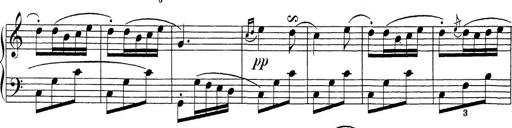
Title: Sonatina Album
Composer: Louis KÃ¶hler